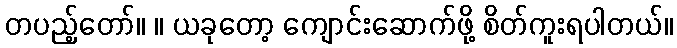
တပည့်တော်။ ။ ယခုတော့ ကျောင်းဆောက်ဖို့ စိတ်ကူးရပါတယ်။